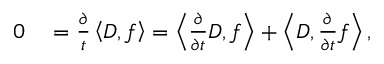
\begin{array} { r l } { 0 } & { { } = \frac { \partial } { t } \left\langle D , f \right\rangle = \left\langle \frac { \partial } { \partial t } D , f \right\rangle + \left\langle D , \frac { \partial } { \partial t } f \right\rangle , } \end{array}